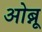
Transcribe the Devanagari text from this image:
ओब्नू